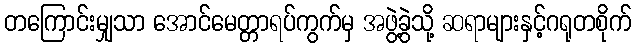
တကြောင်းမျှသာ အောင်မေတ္တာရပ်ကွက်မှ အဖွဲ့ခွဲသို့ ဆရာများနှင့်ဂရုတစိုက်